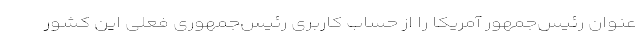
عنوان رئیس‌جمهور آمریکا را از حساب کاربری رئیس‌جمهوری فعلی این کشور